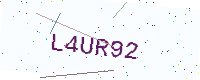
Text: L4UR92